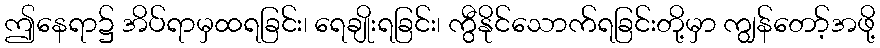
ဤနေရာ၌ အိပ်ရာမှထရခြင်း၊ ရေချိုးရခြင်း၊ ကွီနိုင်သောက်ရခြင်းတို့မှာ ကျွန်တော့်အဖို့